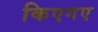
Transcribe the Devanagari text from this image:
किएगए